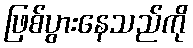
ဖြစ်ပွားနေသည်ကို